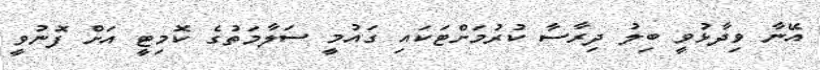
އޭނާ ވިދާޅުވީ ބިލު ދިރާސާ ކުރުމަށްޓަކައި ގައުމީ ސަލާމަތުގެ ކޮމިޓީ އަށް ފޮނުވީ